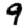
Digit: 9